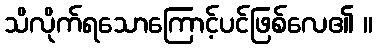
သိလိုက်ရသောကြောင့်ပင်ဖြစ်လေ၏ ။